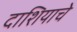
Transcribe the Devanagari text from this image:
दाशियाचे